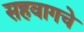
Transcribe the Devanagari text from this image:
सहवागचे